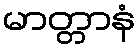
မာတ္တာနံ